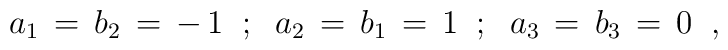
a_1\,=\,b_2\,=\,-\,1 \;\; ; \;\; a_2\,=\,b_1\,=\,1 \;\; ;\;\;a_3\,=\,b_3\,=\,0\;\;,